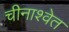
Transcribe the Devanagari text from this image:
चीनाश्वेत